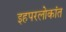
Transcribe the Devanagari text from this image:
इहपरलोकांत